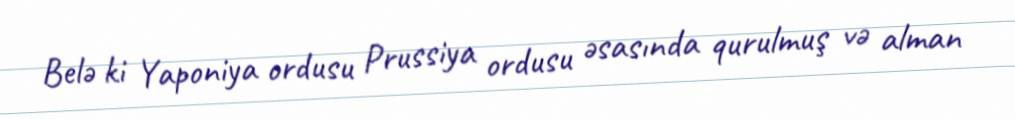
Belə ki Yaponiya ordusu Prussiya ordusu əsasında qurulmuş və alman